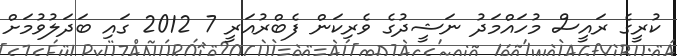
ކުރީގެ ރައީސް މުހައްމަދު ނަޝީދުގެ ވެރިކަން ފެބްރުއަރީ 7 2012 ގައި ބަދަލުވުމަށް